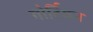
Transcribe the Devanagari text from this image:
गोर्दियन